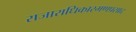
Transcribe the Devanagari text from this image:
राजाराधिकारमणप्रसाद